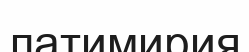
латимирия